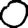
Digit: 0